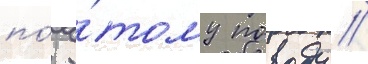
по́ э́тому поводу //